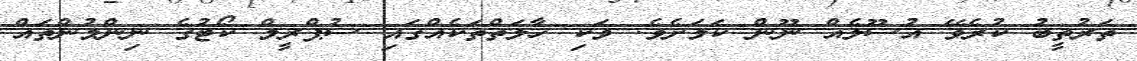
ތަރުތީބު ކުރެވޭ އުސޫލެއް ނޫން ކަމަށެވެ. ވަކި ހާލަތްތަކެއްގައި ސުޕްރީމް ކޯޓުގެ ނިންމުންތައް